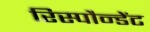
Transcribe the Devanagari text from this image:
रिस्पौन्डेंट